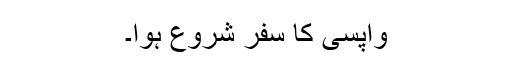
واپسی کا سفر شروع ہوا۔